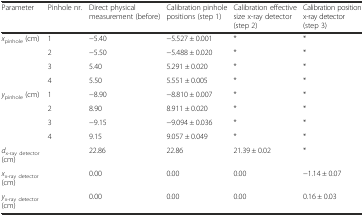
| Parameter | Pinhole nr. | Direct physical measurement (before) | Calibration pinhole positions (step 1) | Calibration effective size x-ray detector (step 2) | Calibration position x-ray detector(step 3) |
 | --- | --- | --- | --- | --- | --- |
 | <ROWSPAN=4> xpinhole (cm) | 1 | −5.40 | −5.527 ± 0.001 | * | * |
 | 2 | −5.50 | −5.488 ± 0.020 | * | * |
 | 3 | 5.40 | 5.291 ± 0.020 | * | * |
 | 4 | 5.50 | 5.551 ± 0.005 | * | * |
 | <ROWSPAN=4> ypinhole (cm) | 1 | −8.90 | −8.810 ± 0.007 | * | * |
 | 2 | 8.90 | 8.911 ± 0.020 | * | * |
 | 3 | −9.15 | −9.094 ± 0.036 | * | * |
 | 4 | 9.15 | 9.057 ± 0.049 | * | * |
 | dx-ray detector (cm) |  | 22.86 | 22.86 | 21.39 ± 0.02 | * |
 | xx-ray detector (cm) |  | 0.00 | 0.00 | 0.00 | −1.14 ± 0.07 |
 | yx-ray detector (cm) |  | 0.00 | 0.00 | 0.00 | 0.16 ± 0.03 |